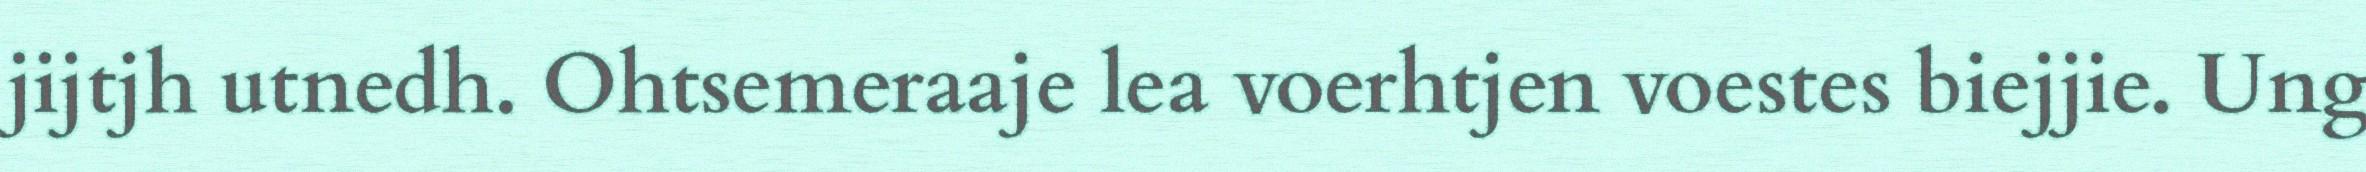
jijtjh utnedh. Ohtsemeraaje lea voerhtjen voestes biejjie. Ung